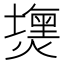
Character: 𤐈